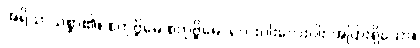
အရိယာသစ္စာ၏။ စတုဗ္ဗိဓေ စတုဗ္ဗိဓေ၊ လေးပါးလေးပါး အပြားရှိသော။